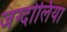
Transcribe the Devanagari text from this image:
जग्दोलिया